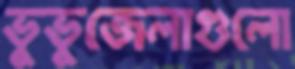
ভুভুজেলাগুলো